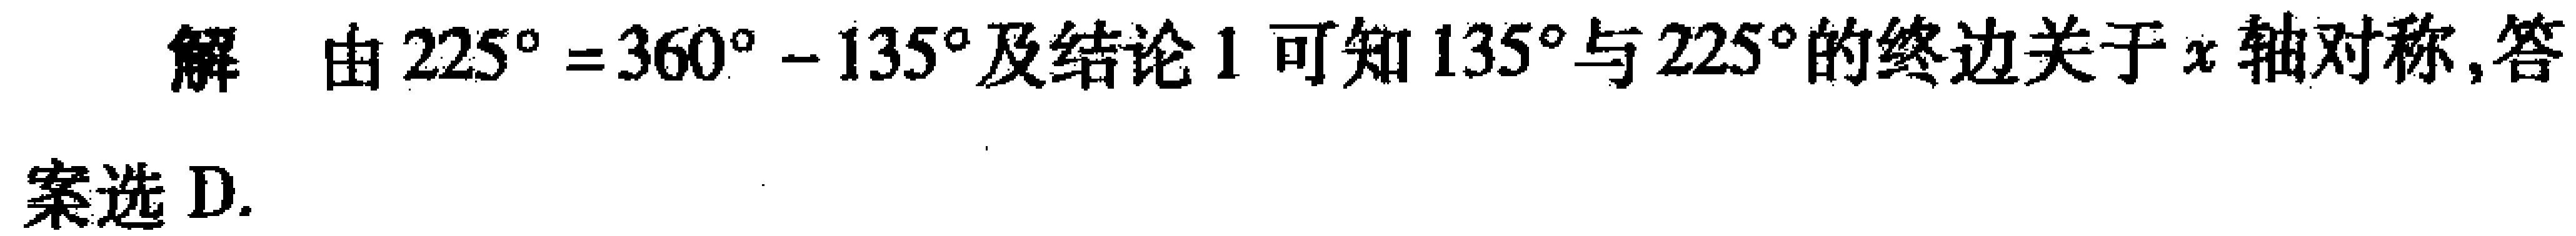
解 由 \(225^{\circ}=360^{\circ}-135^{\circ}\)及结论1可知\(135^{\circ}\)与\(225^{\circ}\)的终边关于\(x\)轴对称,答案选D.